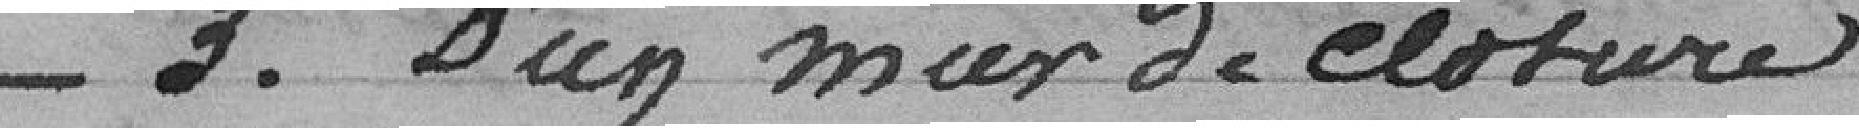
N° 3 d'un mur de clôture